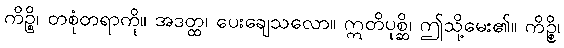
ကိဉ္စိ၊ တစုံတရာကို။ အဒတ္ထ၊ ပေးချေသလော။ ဣတိပုစ္ဆိ၊ ဤသို့မေး၏။ ကိဉ္စိ၊